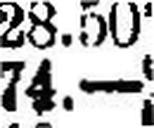
74.—